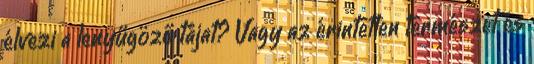
élvezi a lenyűgöző tájat? Vagy az érintetlen természet és